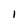
Character: 1